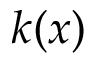
k ( x )